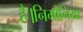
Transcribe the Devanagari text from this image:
है।निमोनिया